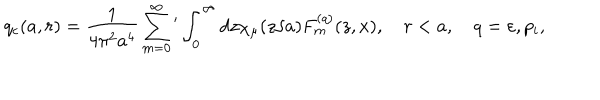
q _ { c } ( a , r ) = \frac { 1 } { 4 \pi ^ { 2 } a ^ { 4 } } \sum _ { m = 0 } ^ { \infty } { ' } \int _ { 0 } ^ { \infty } { d z \chi _ { \mu } ( z / a ) F _ { m } ^ { ( q ) } ( z , x ) } , \quad r < a , \quad q = \varepsilon , p _ { i } ,